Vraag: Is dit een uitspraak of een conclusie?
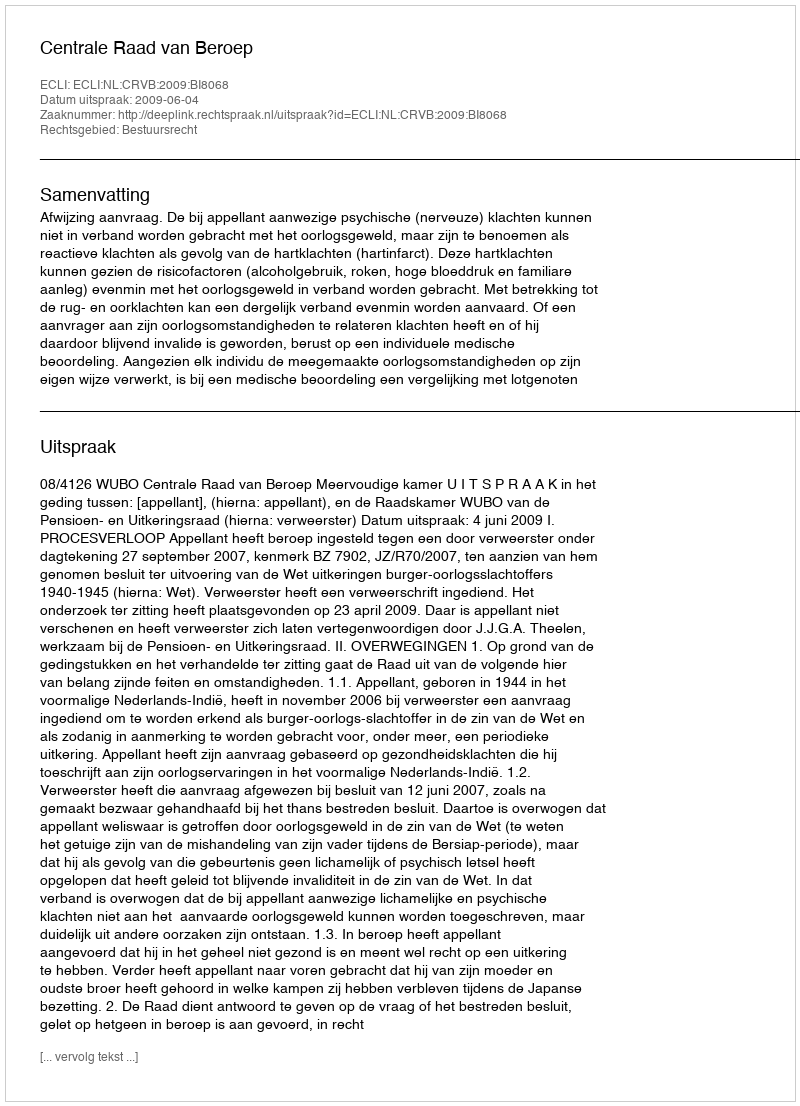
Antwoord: Uitspraak